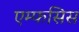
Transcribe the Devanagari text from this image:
एम्फसिस